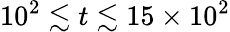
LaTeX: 10^{2}\lesssim t\lesssim 15\times 10^{2}